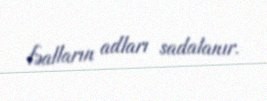
fəalların adları sadalanır.